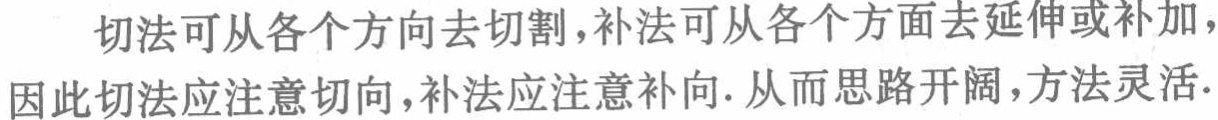
切法可从各个方向去切割,补法可从各个方面去延伸或补加，因此切法应注意切向,补法应注意补向. 从而思路开阔，方法灵活.